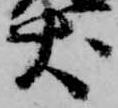
犬